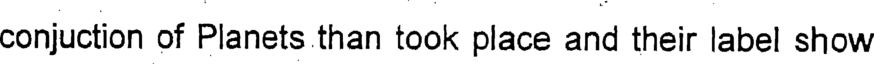
conjuction of Planets than took place and their label show